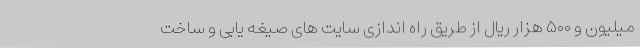
میلیون و ۵۰۰ هزار ریال از طریق راه اندازی سایت های صیغه یابی و ساخت